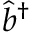
\hat { b } ^ { \dagger }